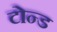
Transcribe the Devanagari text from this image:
टोन्ड